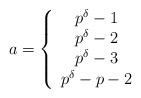
LaTeX: \begin{align*}a=\left\{\begin{array}{c}p^{\delta}-1\\p^{\delta}-2\\p^{\delta}-3\\p^{\delta}-p-2\end{array} \right.\end{align*}